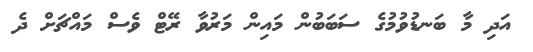
އަދި މާ ބަނޑުވުމުގެ ސަބަބުން މައިން މަރުވާ ރޭޓް ވެސް މައްޗަށް ދެ